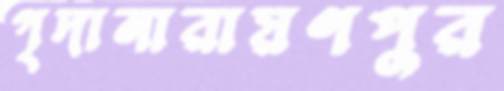
গৃদানারায়ণপুর